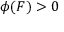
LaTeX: \phi ( F ) > 0